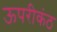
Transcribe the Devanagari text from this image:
ऊपरीकंठ